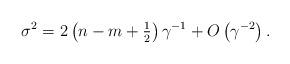
LaTeX: \begin{align*}\sigma^{2}=2\left( {n-m+{\tfrac{1}{2}}}\right) \gamma^{-1}+{O}\left( {\gamma^{-2}}\right) . \end{align*}